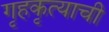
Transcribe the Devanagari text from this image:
गृहकृत्याची